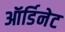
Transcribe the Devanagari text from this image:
ऑर्डिनेट